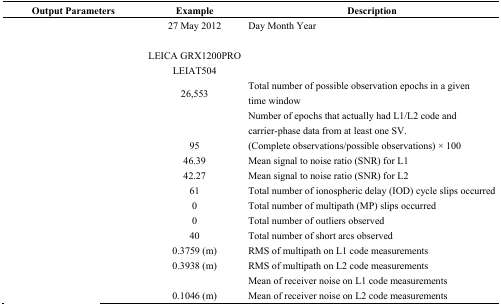
<table><thead><tr><td><b>Output Parameters</b></td><td><b>Example</b></td><td><b>Description</b></td></tr></thead><tbody><tr><td>[EMPTY_CELL]</td><td>27 May 2012</td><td>Day Month Year</td></tr><tr><td>[EMPTY_CELL]</td><td>[EMPTY_CELL]</td><td>[EMPTY_CELL]</td></tr><tr><td>[EMPTY_CELL]</td><td>LEICA GRX1200PRO</td><td>[EMPTY_CELL]</td></tr><tr><td>[EMPTY_CELL]</td><td>LEIAT504</td><td>[EMPTY_CELL]</td></tr><tr><td>[EMPTY_CELL]</td><td>26,553</td><td>Total number of possible observation epochs in a given time window</td></tr><tr><td>[EMPTY_CELL]</td><td>[EMPTY_CELL]</td><td>Number of epochs that actually had L1/L2 code and carrier-phase data from at least one SV.</td></tr><tr><td>[EMPTY_CELL]</td><td>95</td><td>(Complete observations/possible observations) × 100</td></tr><tr><td>[EMPTY_CELL]</td><td>46.39</td><td>Mean signal to noise ratio (SNR) for L1</td></tr><tr><td>[EMPTY_CELL]</td><td>42.27</td><td>Mean signal to noise ratio (SNR) for L2</td></tr><tr><td>[EMPTY_CELL]</td><td>61</td><td>Total number of ionospheric delay (IOD) cycle slips occurred</td></tr><tr><td>[EMPTY_CELL]</td><td>0</td><td>Total number of multipath (MP) slips occurred</td></tr><tr><td>[EMPTY_CELL]</td><td>0</td><td>Total number of outliers observed</td></tr><tr><td>[EMPTY_CELL]</td><td>40</td><td>Total number of short arcs observed</td></tr><tr><td>[EMPTY_CELL]</td><td>0.3759 (m)</td><td>RMS of multipath on L1 code measurements</td></tr><tr><td>[EMPTY_CELL]</td><td>0.3938 (m)</td><td>RMS of multipath on L2 code measurements</td></tr><tr><td>[EMPTY_CELL]</td><td>[EMPTY_CELL]</td><td>Mean of receiver noise on L1 code measurements</td></tr><tr><td>[EMPTY_CELL]</td><td>0.1046 (m)</td><td>Mean of receiver noise on L2 code measurements</td></tr></tbody></table>